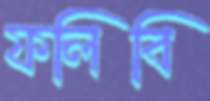
ফলিবি